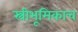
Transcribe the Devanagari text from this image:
स्त्रीभूमिकाच